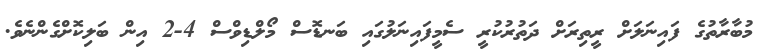
މުބާރާތުގެ ފައިނަލަށް ރީތިރަށް ދަތުރުކުރީ ސެމީފައިނަލުގައި ބަނޑޮސް މޯލްޑިވްސް 4-2 އިން ބަލިކޮށްގެންނެވެ.